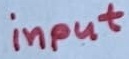
Text: input